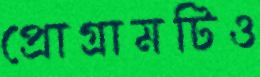
প্রোগ্রামটিও